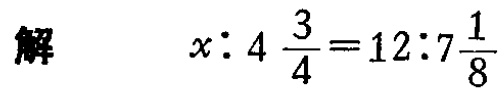
解\(x:4\frac{3}{4}=12:7\frac{1}{8}\)